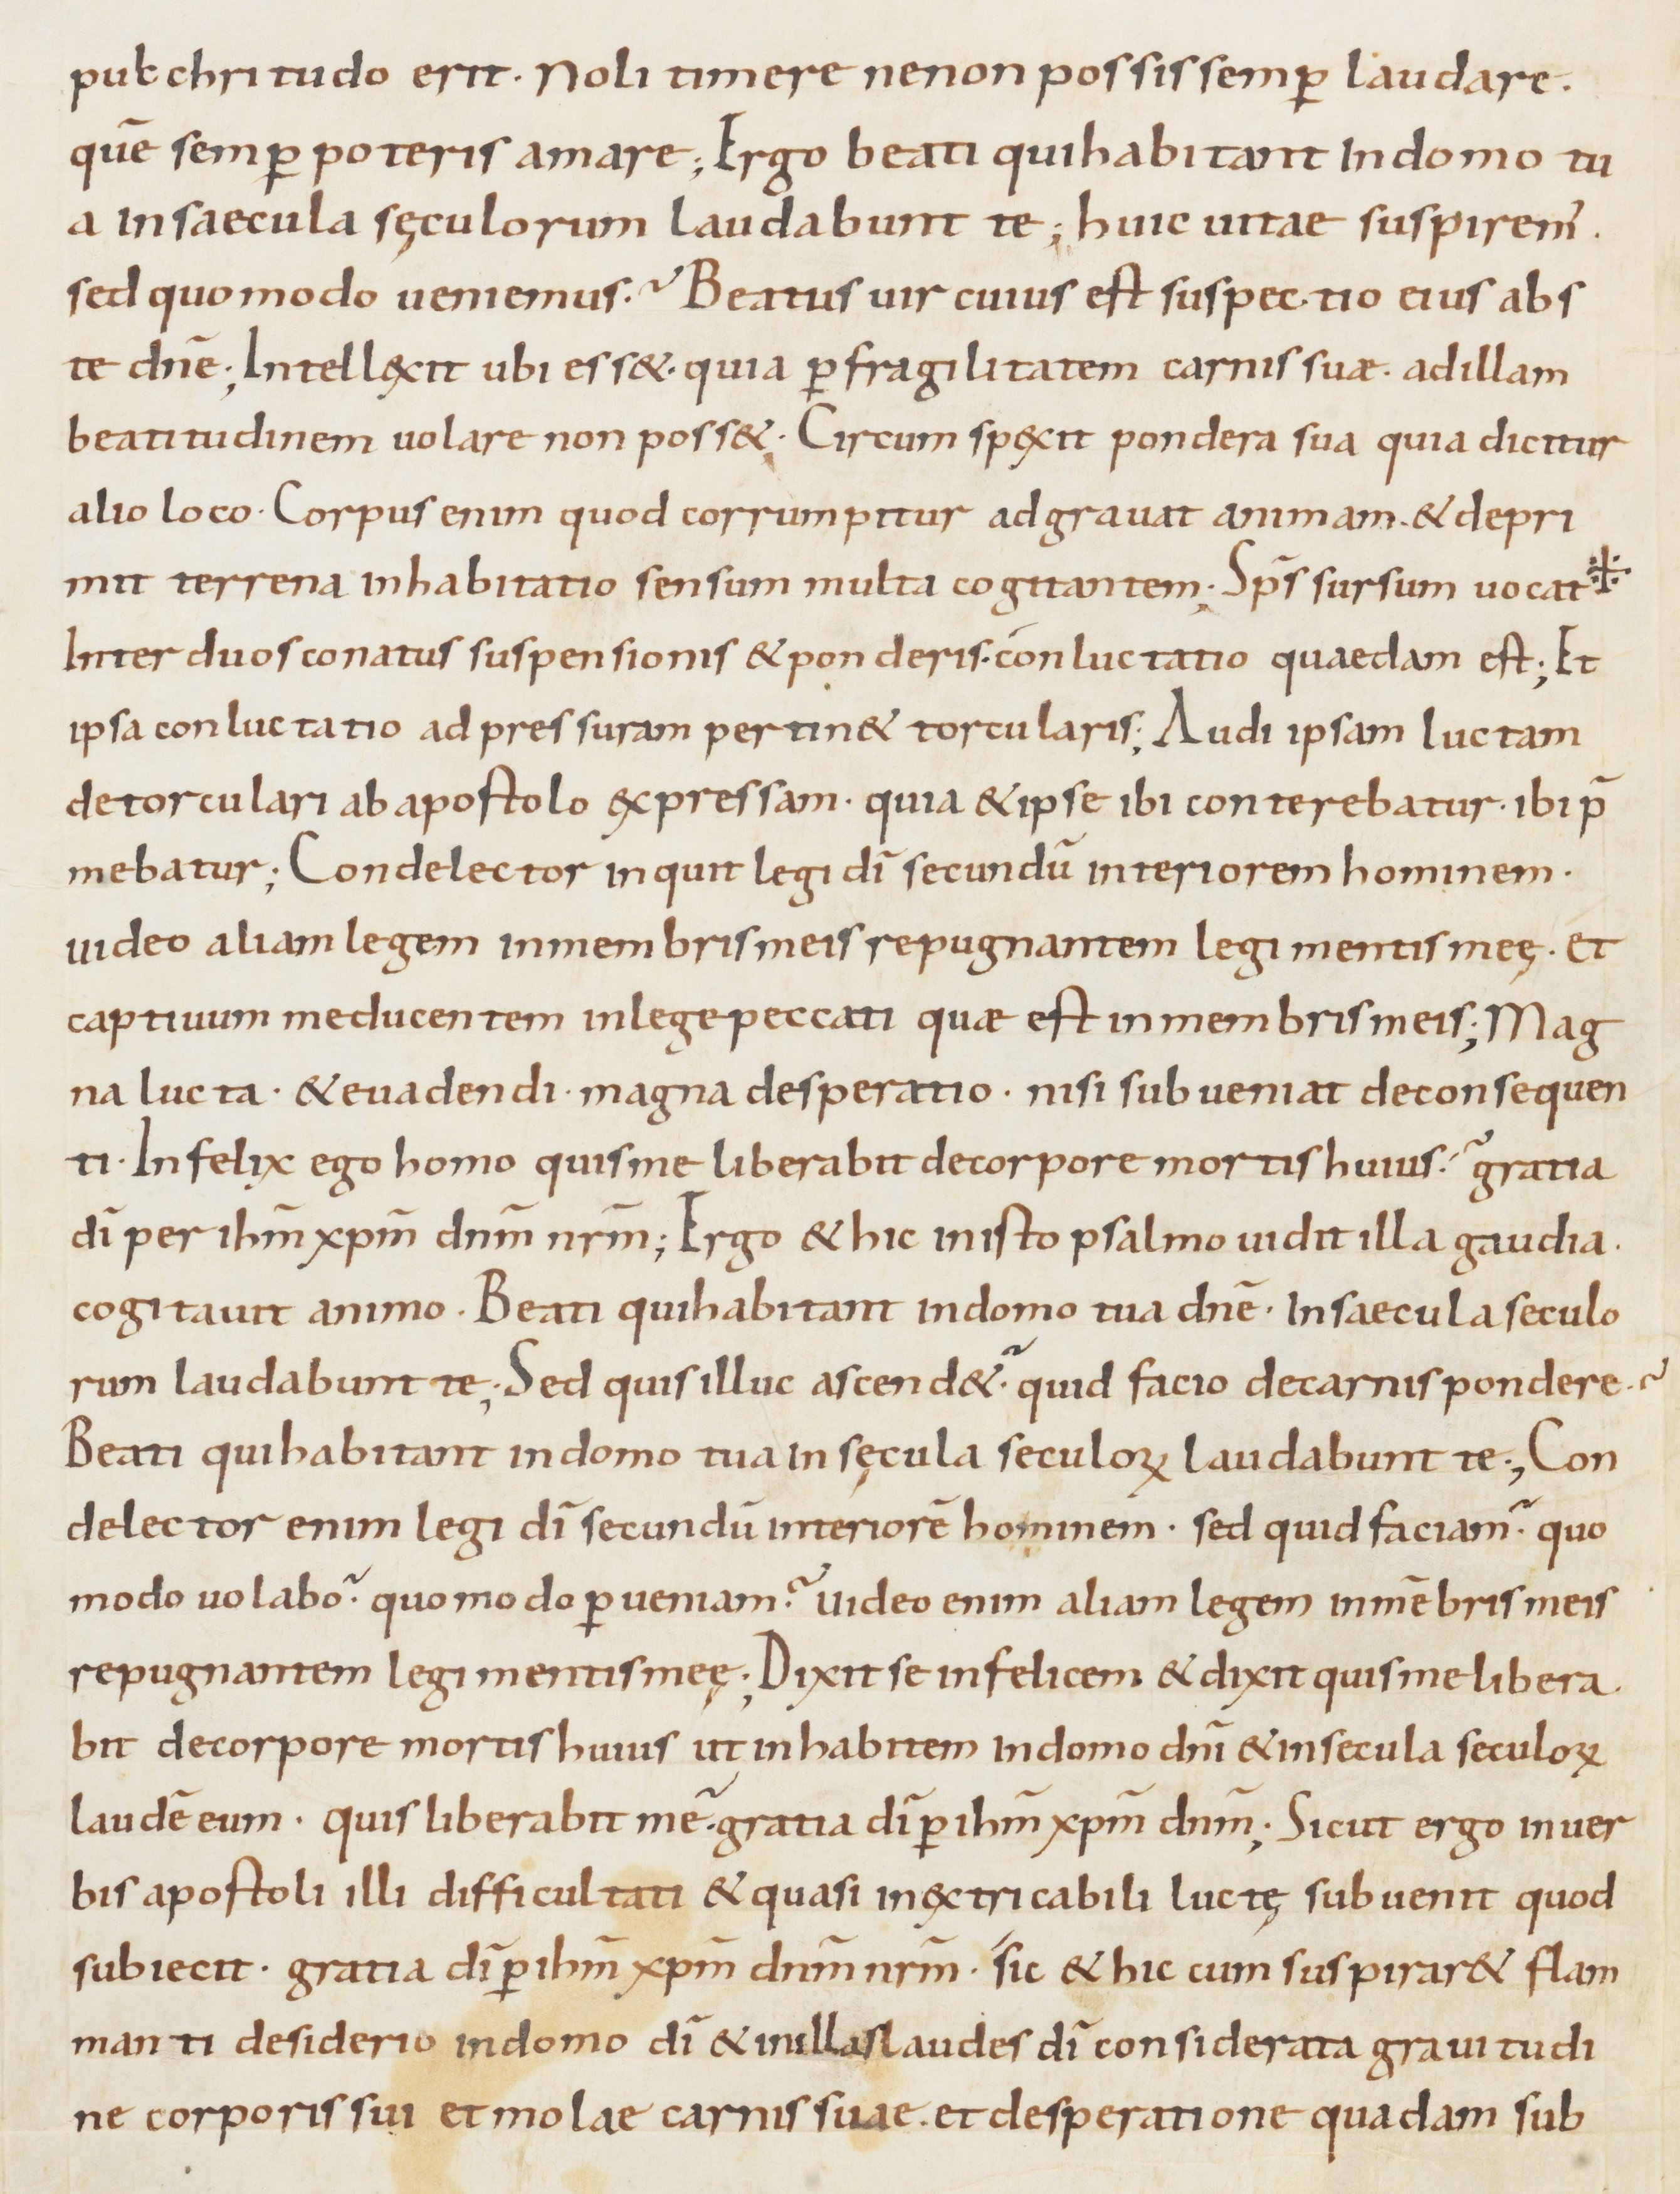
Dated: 800–899